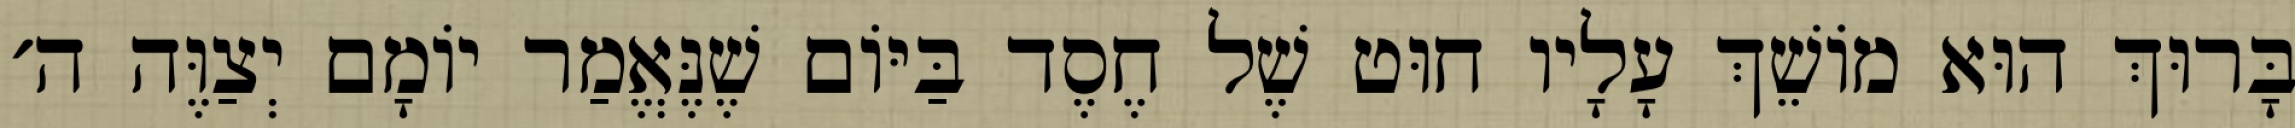
בָּרוּךְ הוּא מוֹשֵׁךְ עָלָיו חוּט שֶׁל חֶסֶד בַּיּוֹם שֶׁנֶּאֱמַר יוֹמָם יְצַוֶּה ה׳